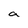
Character: a